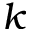
k